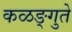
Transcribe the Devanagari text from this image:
कळङ्गुते